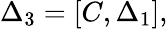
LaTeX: \Delta_{3}=\left[C,\Delta_{1}\right],